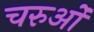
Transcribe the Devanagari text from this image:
चरुओं